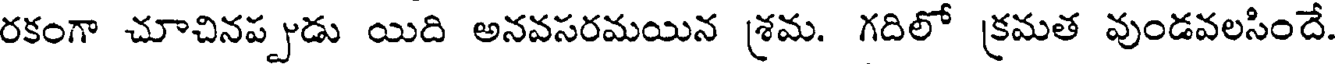
రకంగా చూచినప్పుడు యిది అనవసరమయిన శ్రమ. గదిలో క్రమత వుండవలసిందే.